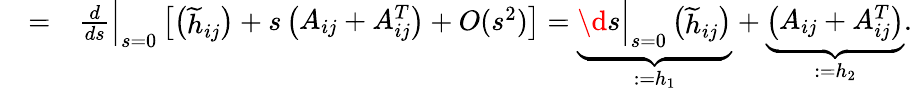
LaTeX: \begin{array}{rlr}&{=}&{\frac{d}{ds}\Big|_{s=0}\left[\left(\begin{array}{l}{\widetilde h_{ij}}\end{array}\right)+s\left(\begin{array}{l}{A_{ij}+A_{ij}^{T}}\end{array}\right)+O(s^{2})\right]=\underbrace{\d{s}\Big|_{s=0}\left(\begin{array}{l}{\widetilde h_{ij}}\end{array}\right)}_{:=h_{1}}+\underbrace{\left(\begin{array}{l}{A_{ij}+A_{ij}^{T}}\end{array}\right)}_{:=h_{2}}.}\end{array}